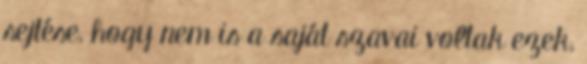
sejtése, hogy nem is a saját szavai voltak ezek,